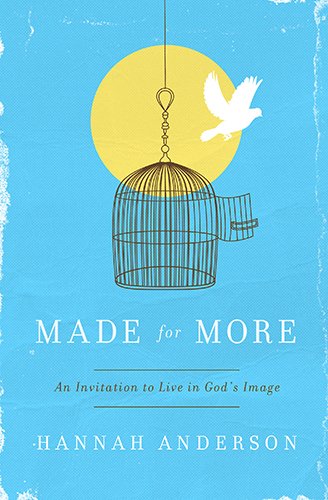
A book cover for Made for More: An Invitation to Live in God's Image; Hannah Anderson; Christian Books & Bibles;